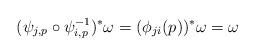
LaTeX: \begin{align*}(\psi_{j,p}\circ \psi_{i,p}^{-1})^\ast\omega=(\phi_{ji}(p))^\ast\omega=\omega\end{align*}